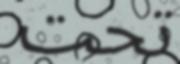
تحت